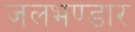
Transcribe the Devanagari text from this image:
जलभण्डार